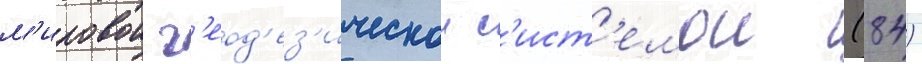
м'ировои г'еод'ез'ическои с'ист'емои (84)